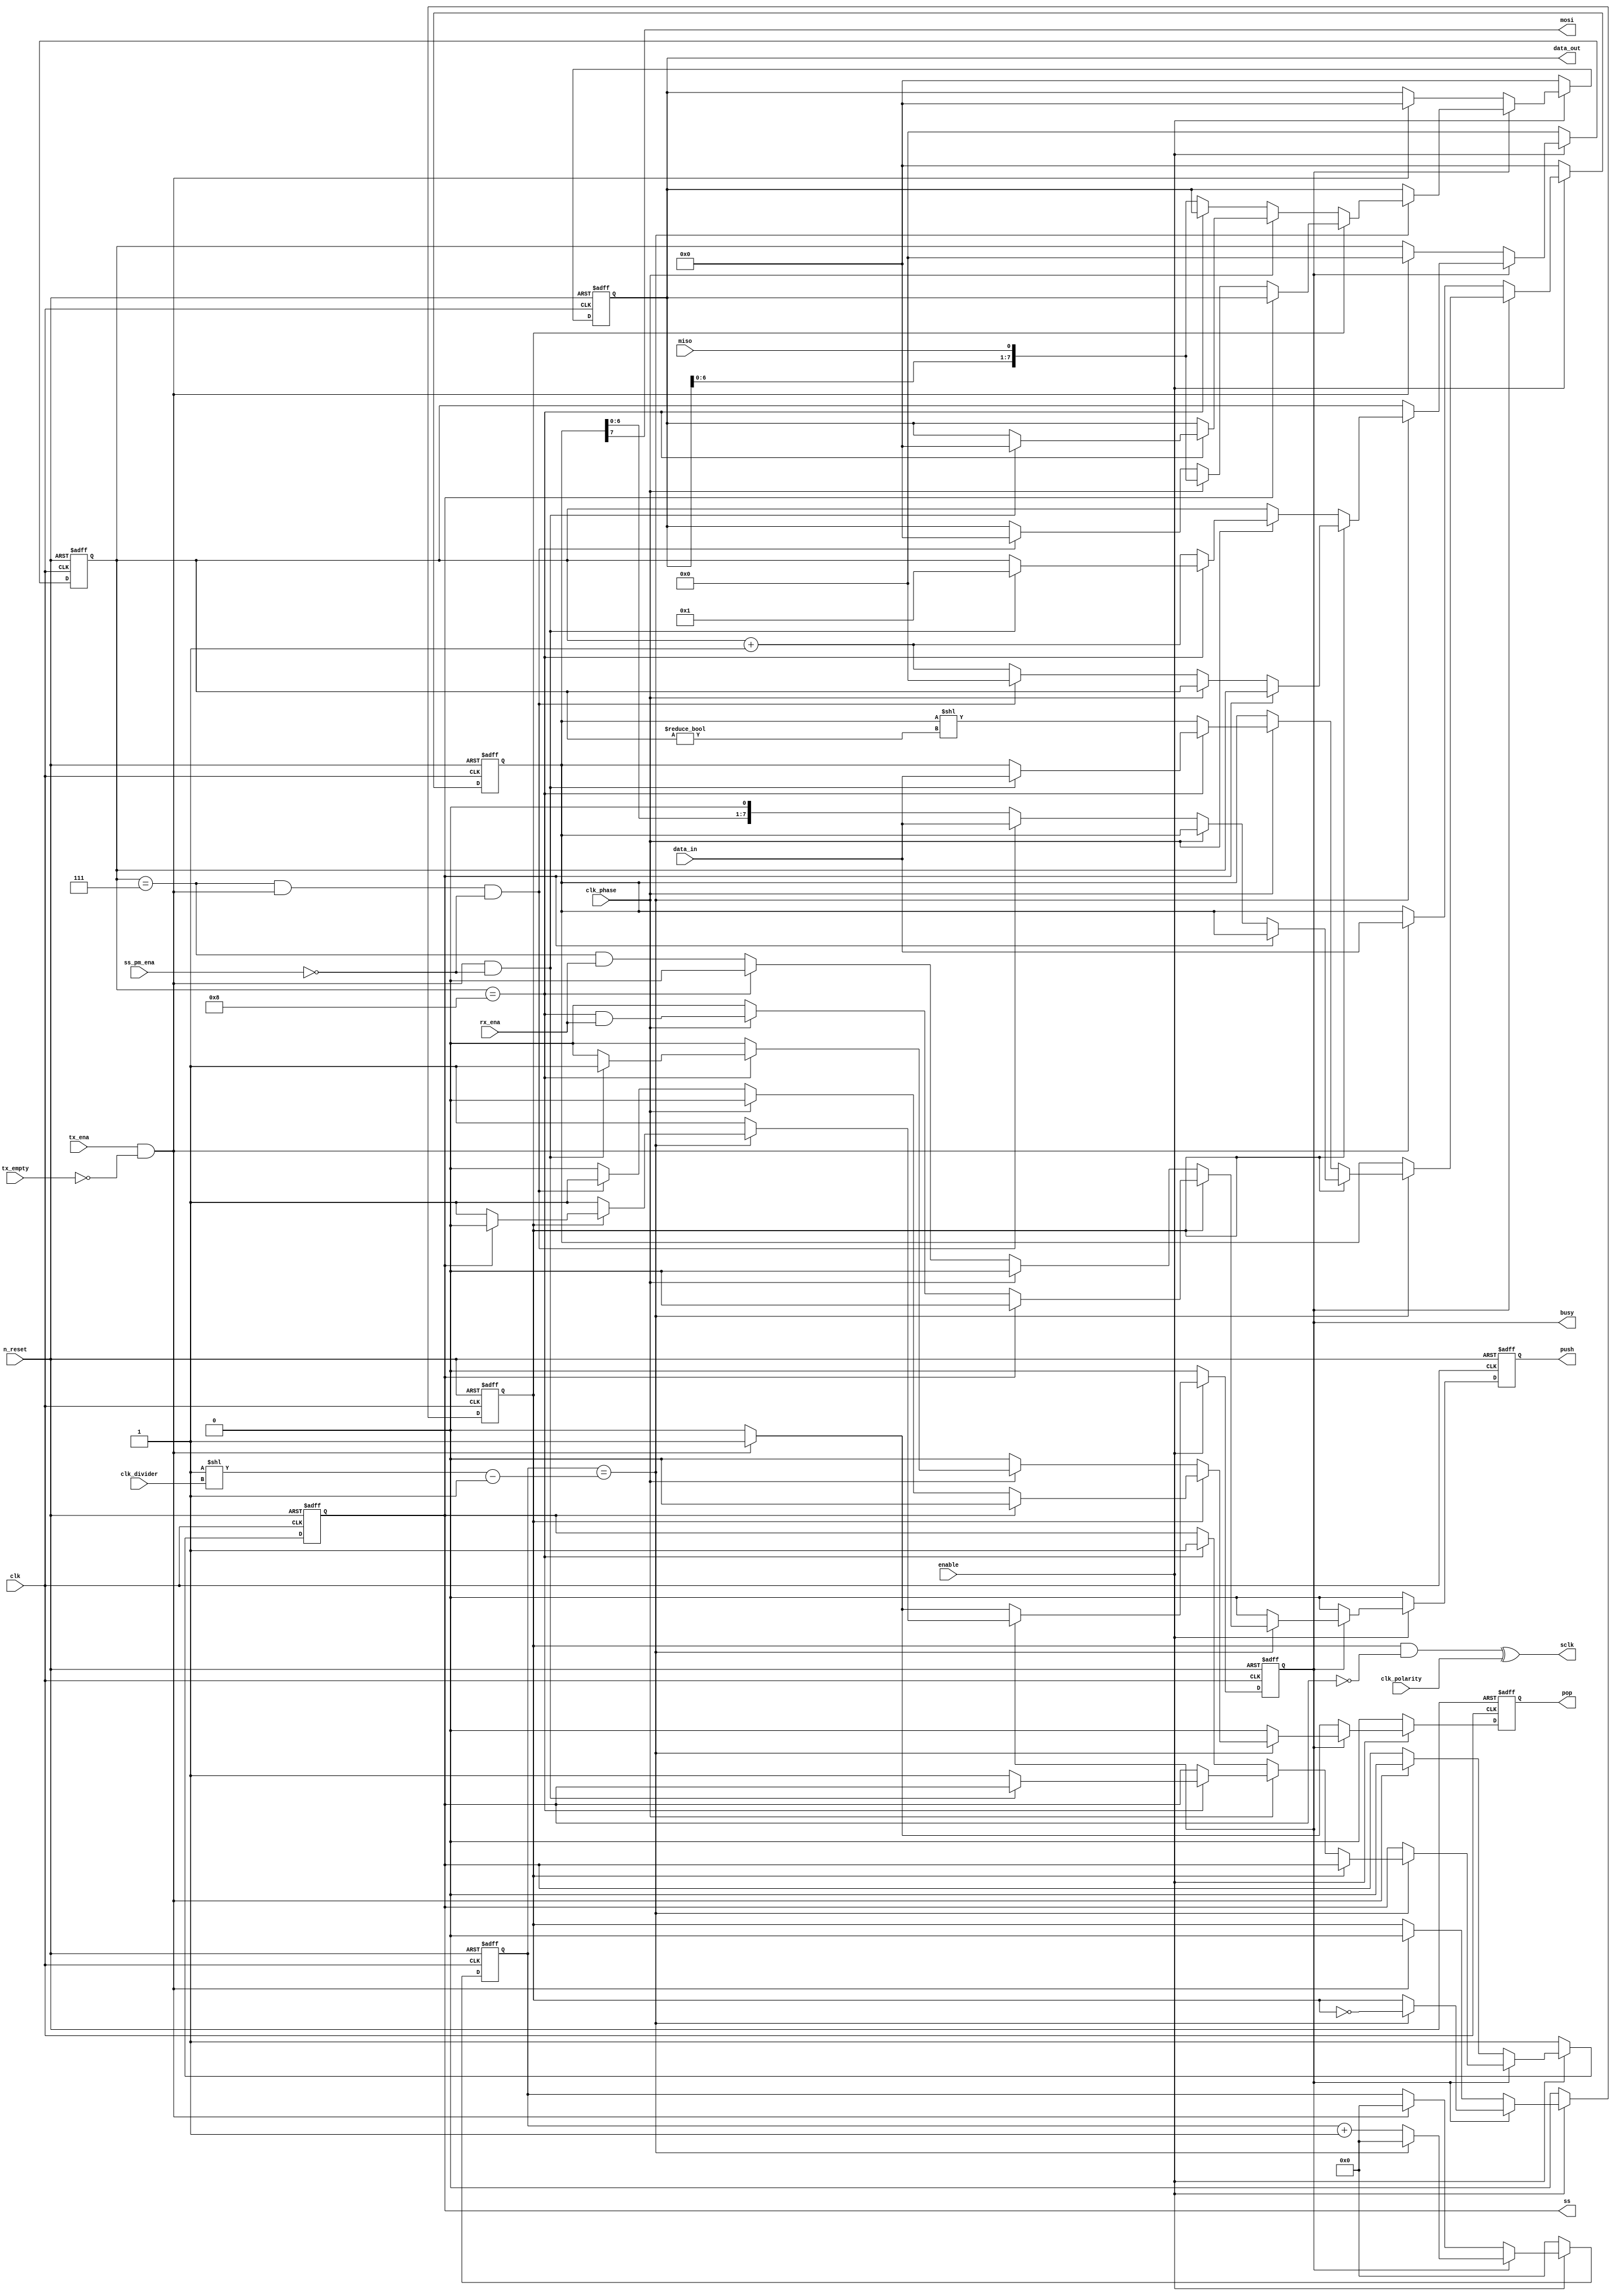
module airi5c_spi_master
#(
    parameter                   DATA_WIDTH = 8
)
(
    input                       clk,
    input                       n_reset,
    input                       enable,

    output                      mosi,
    input                       miso,
    output                      sclk,
    output  reg                 ss,

    input   [3:0]               clk_divider,
    input                       clk_polarity,
    input                       clk_phase,
    input                       ss_pm_ena,

    input                       tx_ena,
    input                       rx_ena,

    input                       tx_empty,

    output  reg                 pop,
    input   [DATA_WIDTH-1:0]    data_in,

    output  reg                 push,
    output  [DATA_WIDTH-1:0]    data_out,

    output  reg                 busy
);

    reg     [15:0]              counter;
    reg                         clk_int;
    reg     [5:0]               bit_counter;
    reg     [DATA_WIDTH-1:0]    tx_buffer;
    reg     [DATA_WIDTH-1:0]    rx_buffer;
    wire                        tx_start    = tx_ena && !tx_empty;

    assign                      data_out    = rx_buffer;
    assign                      sclk        = (clk_int && !ss) ^ clk_polarity;
    assign                      mosi        = tx_buffer[DATA_WIDTH-1];

    always @(posedge clk, negedge n_reset) begin
        if (!n_reset) begin
            counter     <= 16'h0000;
            clk_int     <= 1'b0;
            bit_counter <= 6'h00;
            tx_buffer   <= 0;
            rx_buffer   <= 0;
            busy        <= 1'b0;
            ss          <= 1'b1;
            push        <= 1'b0;
            pop         <= 1'b0;
        end

        else if (!enable) begin
            counter     <= 16'h0000;
            clk_int     <= 1'b0;
            bit_counter <= 6'h00;
            tx_buffer   <= 0;
            rx_buffer   <= 0;
            busy        <= 1'b0;
            ss          <= 1'b1;
            push        <= 1'b0;
            pop         <= 1'b0;
        end

        else begin
            push        <= 1'b0;
            pop         <= 1'b0;

            if (busy) begin
                if (counter == (16'd1 << clk_divider) - 16'd1) begin
                    // posedge
                    if (!clk_int) begin
                        // phase = 0
                        if (!clk_phase) begin
                            if (bit_counter == DATA_WIDTH)
                                ss          <= 1'b1;

                            else begin
                                rx_buffer   <= {rx_buffer[DATA_WIDTH-2:0], miso};
                                push        <= (bit_counter == DATA_WIDTH - 1) && rx_ena;
                            end
                        end
                        // phase = 1
                        else begin
                            if (bit_counter == DATA_WIDTH) begin
                                if (tx_start && !ss_pm_ena) begin
                                    bit_counter <= 6'h01;
                                    tx_buffer   <= data_in;
                                    rx_buffer   <= 0;
                                    pop         <= 1'b1;
                                end
                                
                                else
                                    ss          <= 1'b1;
                            end
                            
                            else begin
                                tx_buffer   <= tx_buffer << (bit_counter != 6'd0);
                                bit_counter <= bit_counter + 6'd1;
                            end
                        end
                    end
                    // negedge
                    else begin
                        if (ss)
                            busy        <= 1'b0;
                        // phase = 0
                        else if (!clk_phase) begin
                            if (bit_counter == DATA_WIDTH - 1 && tx_start && !ss_pm_ena) begin
                                bit_counter <= 6'h00;
                                tx_buffer   <= data_in;
                                rx_buffer   <= 0;
                                pop         <= 1'b1;
                            end
                            
                            else begin
                                tx_buffer   <= tx_buffer << 1;
                                bit_counter <= bit_counter + 6'd1;
                            end
                        end
                        // phase = 1
                        else begin
                            rx_buffer   <= {rx_buffer[DATA_WIDTH-2:0], miso};
                            push        <= (bit_counter == DATA_WIDTH) && rx_ena;
                        end
                    end

                    counter <= 16'h0000;
                    clk_int <= !clk_int;
                end

                else
                    counter <= counter + 16'd1;
            end

            else if (tx_start) begin
                counter     <= 16'h0000;
                clk_int     <= 1'b0;
                bit_counter <= 6'h00;
                tx_buffer   <= data_in;
                rx_buffer   <= 0;
                busy        <= 1'b1;
                ss          <= 1'b0;
                pop         <= 1'b1;
            end
        end
    end

endmodule